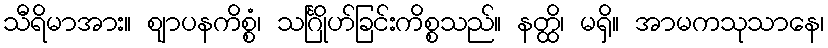
သီရိမာအား။ ဈာပနကိစ္စံ၊ သင်္ဂြိုဟ်ခြင်းကိစ္စသည်။ နတ္ထိ၊ မရှိ။ အာမကသုသာနေ၊